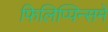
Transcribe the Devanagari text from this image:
फिलिप्पिन्समें